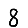
Digit: 8